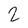
Character: 2